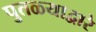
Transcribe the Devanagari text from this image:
पुतळ्याद्वारे